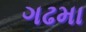
ગઢમા